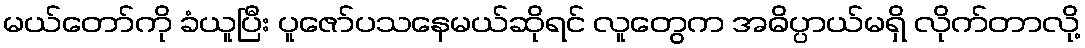
မယ်တော်ကို ခံယူပြီး ပူဇော်ပသနေမယ်ဆိုရင် လူတွေက အဓိပ္ပာယ်မရှိ လိုက်တာလို့